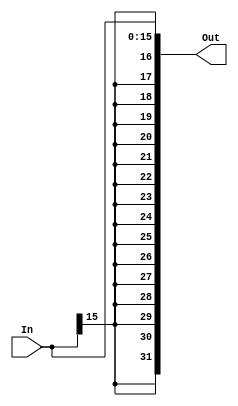
`timescale 1ns / 1ps
//////////////////////////////////////////////////////////////////////////////////
// Company: 
// Engineer: 
// 
// Design Name: 
// Module Name: Extend
// Project Name: 
// Target Devices: 
// Tool Versions: 
// Description: 
// 
// Dependencies: 
// 
// Revision:
// Revision 0.01 - File Created
// Additional Comments:
// 
//////////////////////////////////////////////////////////////////////////////////


module SignExtend #(parameter INDIGIT = 16,OUTDIGIT = 32)(In, Out);
    input  [ INDIGIT - 1 : 0] In;
    output [OUTDIGIT - 1 : 0] Out;
    
    assign Out = {{OUTDIGIT - INDIGIT{In[INDIGIT - 1]}}, In};
endmodule

module ZeroExtend #(parameter INDIGIT = 16,OUTDIGIT = 32)(In, Out);
    input  [ INDIGIT - 1 : 0] In;
    output [OUTDIGIT - 1 : 0] Out;
    
    assign Out = {{OUTDIGIT - INDIGIT{1'b0}}, In};
endmodule